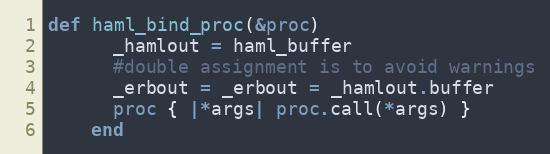
Language: Ruby
def haml_bind_proc(&proc)
      _hamlout = haml_buffer
      #double assignment is to avoid warnings
      _erbout = _erbout = _hamlout.buffer
      proc { |*args| proc.call(*args) }
    end